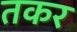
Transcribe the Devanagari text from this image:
तकर